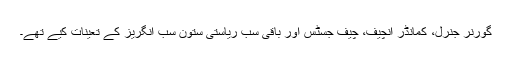
گورنر جنرل، کمانڈر انچیف، چیف جسٹس اور باقی سب ریاستی ستون سب انگریز کے تعینات کیے تھے۔